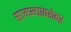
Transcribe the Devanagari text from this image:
सामन्याबरोबर